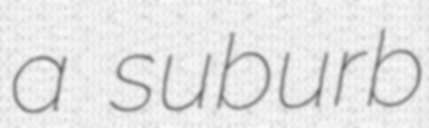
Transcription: a suburb